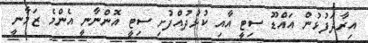
އިރާދަފުޅުން އައްޑޫ ސިޓީ އާއި ކުޅުދުއްފުށި ސިޓީ އޮންނާނީ އެންމެ ޒަމާނީ